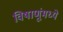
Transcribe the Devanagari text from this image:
विषाणूंमध्ये